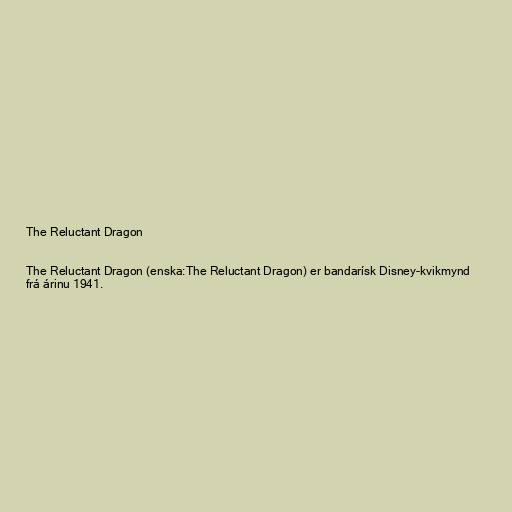
The Reluctant Dragon

The Reluctant Dragon (enska:The Reluctant Dragon) er bandarísk Disney-kvikmynd
frá árinu 1941.